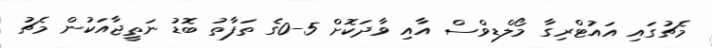
މެޗުގައި އައުޓްރިގާ މޯލްޑިވްސް އާއި ވާދަކޮށް 5-0ގެ ތަފާތު ބޮޑު ނަތީޖާއަކުން މެޗު